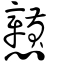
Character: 戇